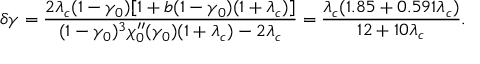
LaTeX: \delta \gamma = \frac { 2 \lambda _ { c } ( 1 - \gamma _ { 0 } ) [ 1 + b ( 1 - \gamma _ { 0 } ) ( 1 + \lambda _ { c } ) ] } { ( 1 - \gamma _ { 0 } ) ^ { 3 } \chi _ { 0 } ^ { \prime \prime } ( \gamma _ { 0 } ) ( 1 + \lambda _ { c } ) - 2 \lambda _ { c } } = \frac { \lambda _ { c } ( 1 . 8 5 + 0 . 5 9 1 \lambda _ { c } ) } { 1 2 + 1 0 \lambda _ { c } } .